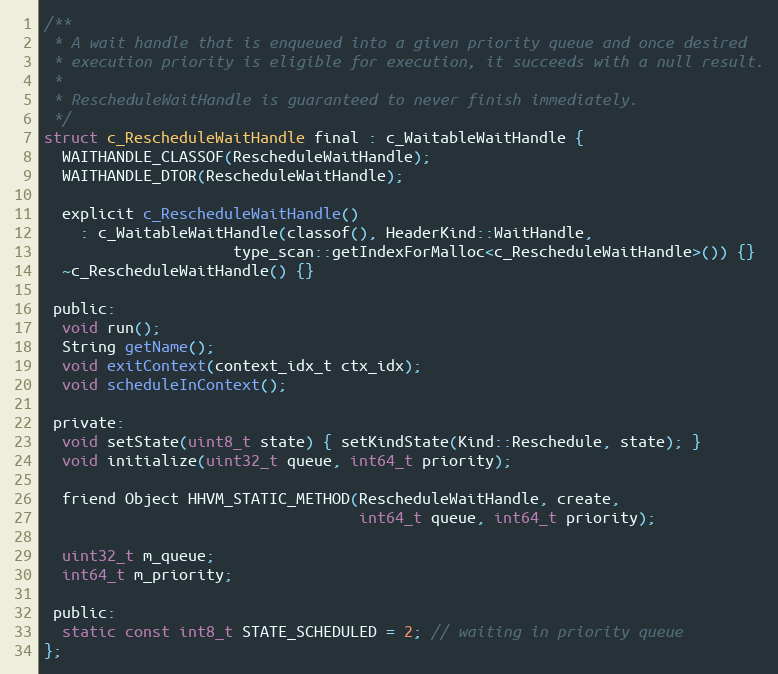
Language: C
/**
 * A wait handle that is enqueued into a given priority queue and once desired
 * execution priority is eligible for execution, it succeeds with a null result.
 *
 * RescheduleWaitHandle is guaranteed to never finish immediately.
 */
struct c_RescheduleWaitHandle final : c_WaitableWaitHandle {
  WAITHANDLE_CLASSOF(RescheduleWaitHandle);
  WAITHANDLE_DTOR(RescheduleWaitHandle);

  explicit c_RescheduleWaitHandle()
    : c_WaitableWaitHandle(classof(), HeaderKind::WaitHandle,
                     type_scan::getIndexForMalloc<c_RescheduleWaitHandle>()) {}
  ~c_RescheduleWaitHandle() {}

 public:
  void run();
  String getName();
  void exitContext(context_idx_t ctx_idx);
  void scheduleInContext();

 private:
  void setState(uint8_t state) { setKindState(Kind::Reschedule, state); }
  void initialize(uint32_t queue, int64_t priority);

  friend Object HHVM_STATIC_METHOD(RescheduleWaitHandle, create,
                                   int64_t queue, int64_t priority);

  uint32_t m_queue;
  int64_t m_priority;

 public:
  static const int8_t STATE_SCHEDULED = 2; // waiting in priority queue
};